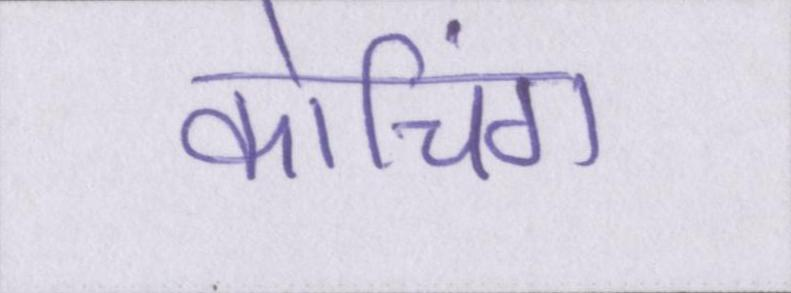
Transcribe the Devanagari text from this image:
कोचिंग